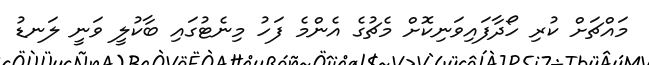
މައްޗަށް ކުރި ހޯދާފައިވަނިކޮށް މެޗުގެ އެންމެ ފަހު މިނެޓުގައި ބާކުލީ ވަނީ ލަނޑު